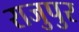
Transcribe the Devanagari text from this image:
राजुपुर